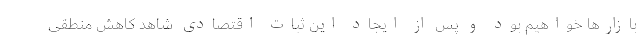
بازارها خواهیم بود و پس از ایجاد این ثبات اقتصادی شاهد کاهش منطقی